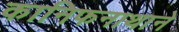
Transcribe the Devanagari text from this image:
कानिफनाथाने